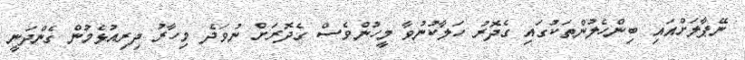
ނޭޕާލަށްއައި ބިންހެލުންތަކުގައި ގެދޮރު ހަލާކުނުވާ މީހުންވެސް ގެދޮރަށް ނުވަދެ މިހާރު ދިރިއުޅެމުން ގެންދަނީ